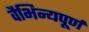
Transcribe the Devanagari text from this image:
वैभिन्यपूर्ण